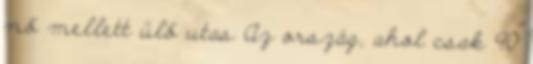
nő mellett ülő utas Az ország, ahol csak 90